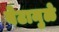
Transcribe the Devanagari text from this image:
बेटामुळे